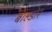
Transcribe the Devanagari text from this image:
बाहडोर